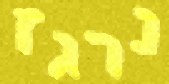
נרגז